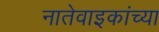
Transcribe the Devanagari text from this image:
नातेवाइकांच्या